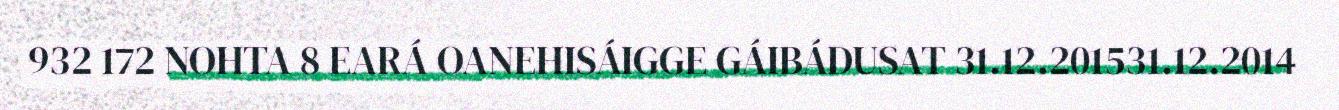
932 172 NOHTA 8 EARÁ OANEHISÁIGGE GÁIBÁDUSAT 31.12.201531.12.2014